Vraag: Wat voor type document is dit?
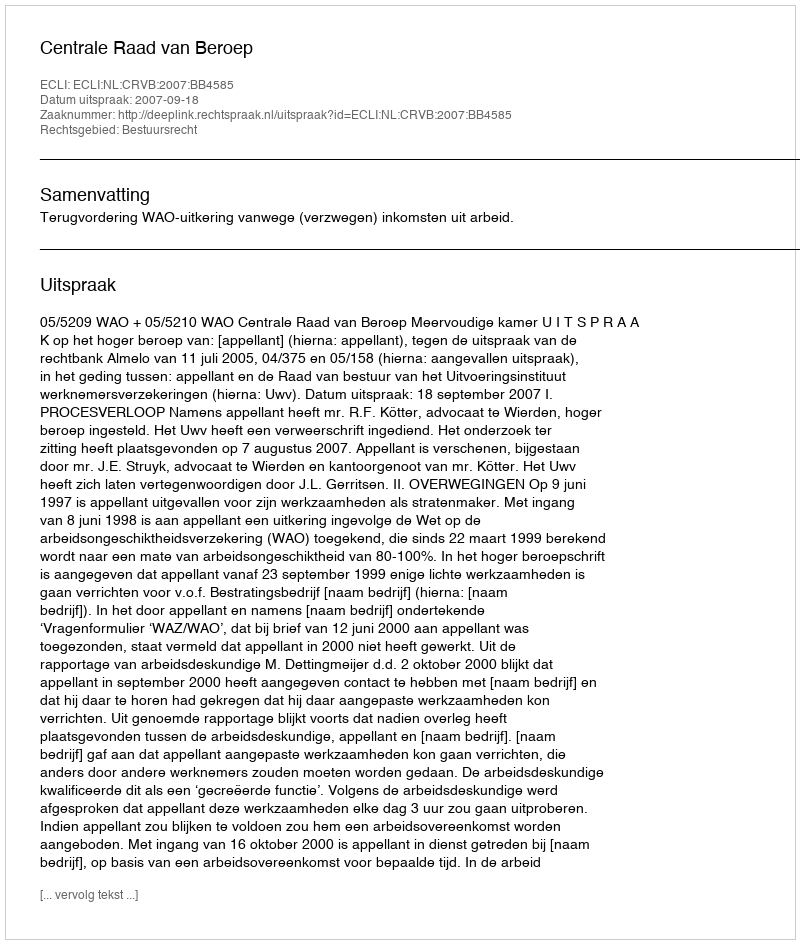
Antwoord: Uitspraak